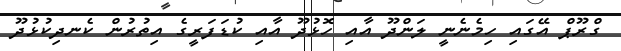
ގްރޫޕް އޭގައި ހިމެނެނީ ލަންދޫ އާއި ހޮޅުދޫ އާއި ކުޑަފަރީގެ އިތުރުން ކެނދިކުޅުދޫ